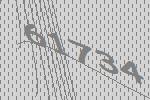
61734